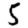
Digit: 5